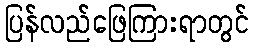
ပြန်လည်ဖြေကြားရာတွင်